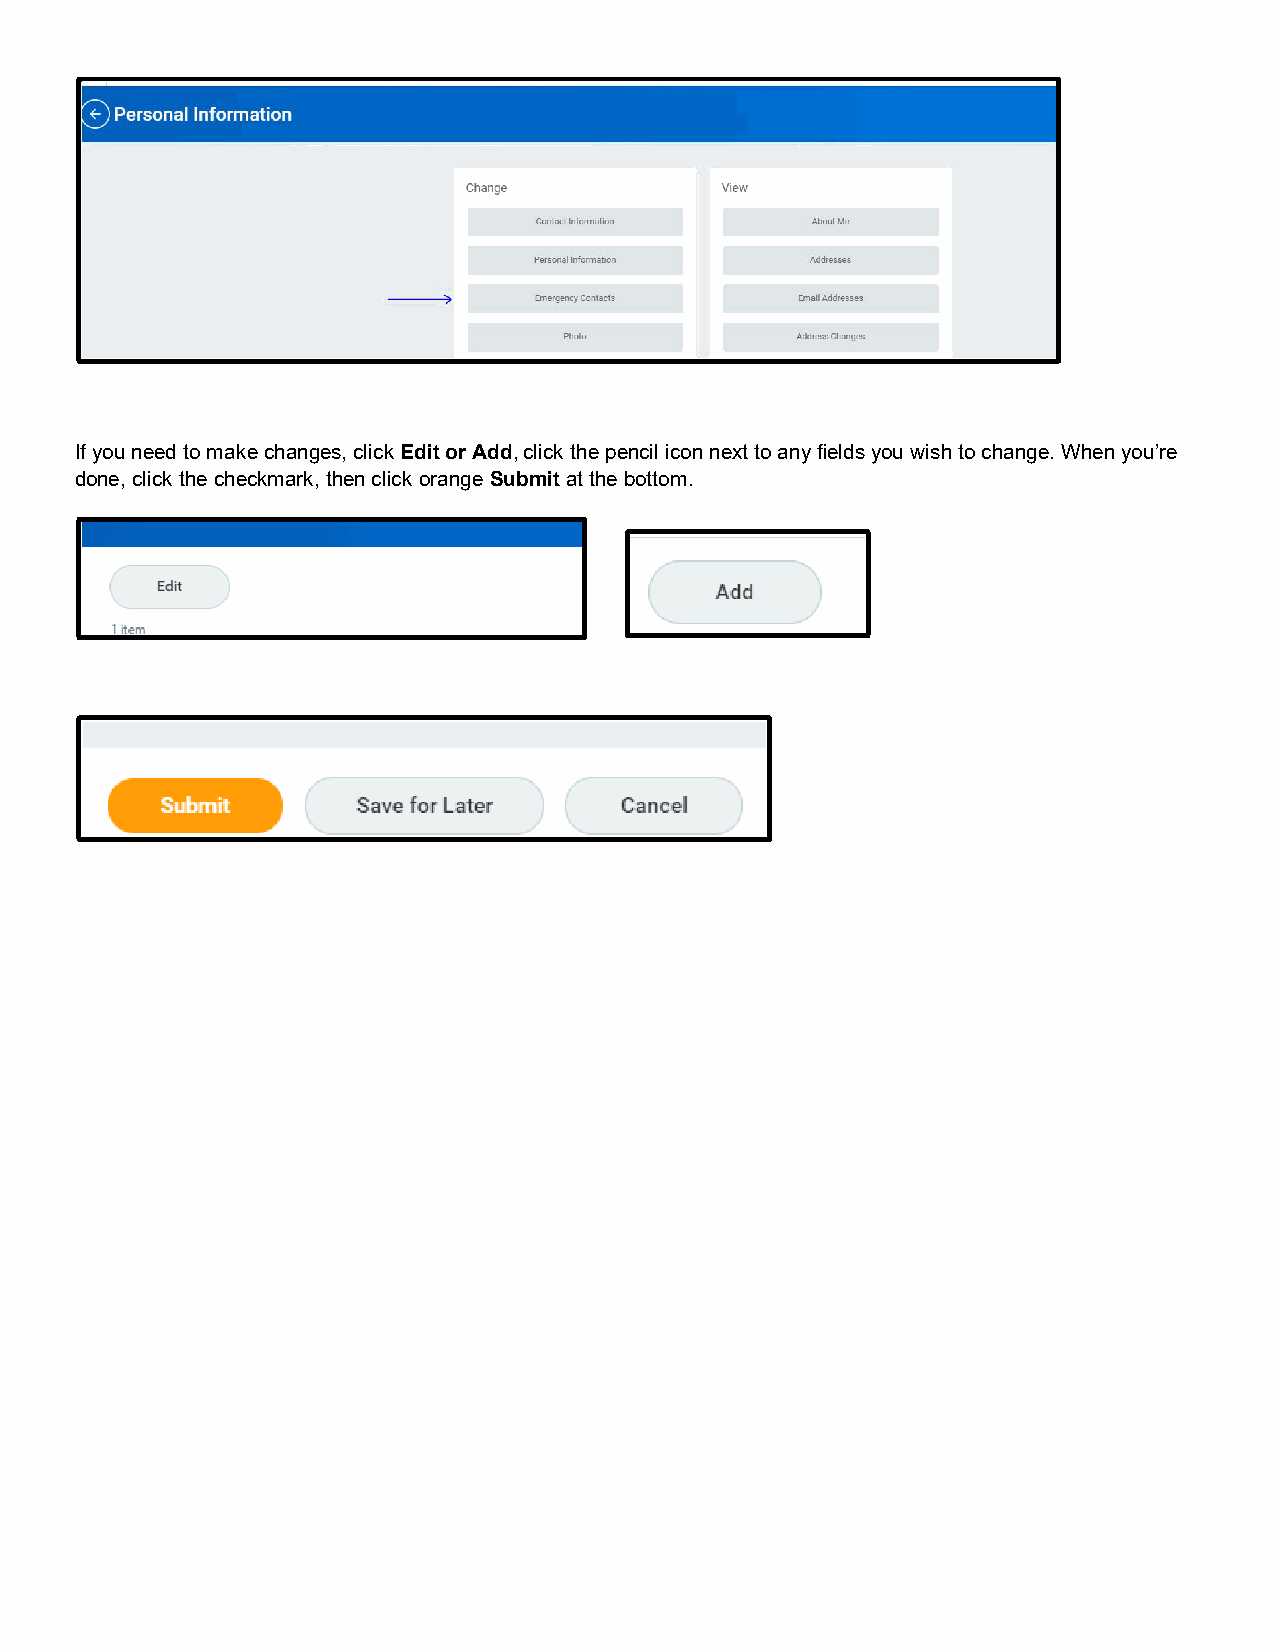
If you need to make changes, click Edit or Add, click the pencil icon next to any fields you wish to change. When you’re
 done, click the checkmark, then click orange Submit at the bottom.